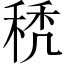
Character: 𥟉